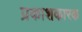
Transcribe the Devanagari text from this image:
प्रकाशकारक